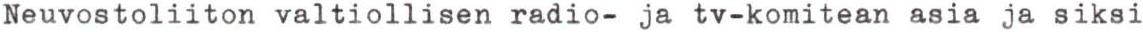
Neuvostoliiton valtiollisen radio- ja tv-komitean asia ja siksi